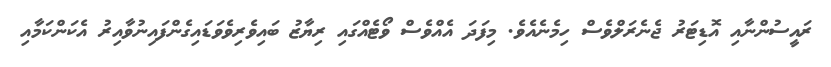
ރައީސުންނާއި އޮޑިޓަރު ޖެނެރަލްވެސް ހިމެނެއެވެ. މިފަދަ އެއްވެސް ވޯޓެއްގައި ރިޔާޒު ބައިވެރިވެވަޑައިގެންފައިނުވާއިރު އެކަންކަމާއި